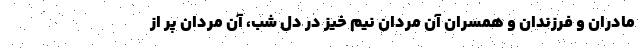
مادران و فرزندان و همسران آن مردان نیم خیز در دل شب، آن مردان پر از